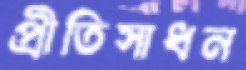
প্রীতিসাধন